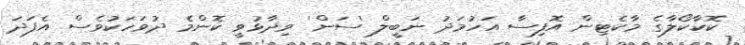
ކޮކާކޯލާގެ މާކެޓިން އޮފިސާ އަހުމަދު ނަބީލް 'ސަން' ވިދާޅުވީ ކޮންމެ ދުވަހަކުވެސް އެފަދަ